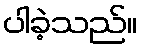
ပါခဲ့သည်။